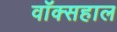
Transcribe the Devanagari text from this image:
वॉक्सहाल